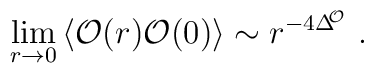
\lim_{r\rightarrow 0}\left\langle \mathcal{O}(r)\mathcal{O}(0)\right\rangle\sim r^{-4\Delta ^{\!\!\mathcal{O}}}\,\,.